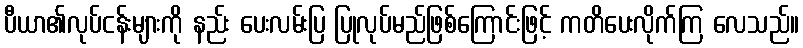
ပီယာ၏လုပ်ငန်းများကို နည်း ပေးလမ်းပြ ပြုလုပ်မည်ဖြစ်ကြောင်းဖြင့် ကတိပေးလိုက်ကြ လေသည်။